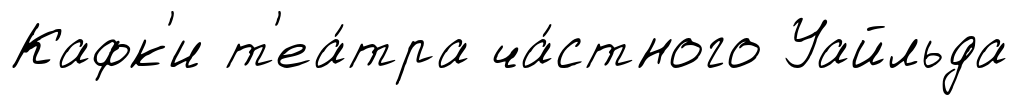
Кафк'и т'еа́тра ча́стного Уайльда